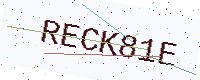
Text: RECK81E